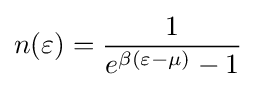
n(\varepsilon )={\frac {1}{e^{\beta (\varepsilon -\mu )}-1}}